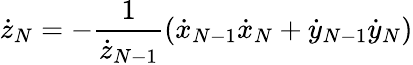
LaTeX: {\dot{z}}_{N}=-\frac{1}{{\dot{z}}_{N-1}}({\dot{x}}_{N-1}{\dot{x}}_{N}+{\dot{y}}_{N-1}{\dot{y}}_{N})